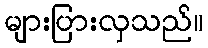
များပြားလှသည်။